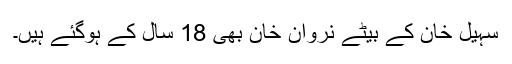
سہیل خان کے بیٹے نروان خان بھی 18 سال کے ہوگئے ہیں۔